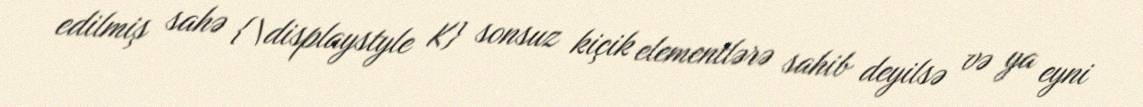
edilmiş sahə {\displaystyle K} sonsuz kiçik elementlərə sahib deyilsə və ya eyni